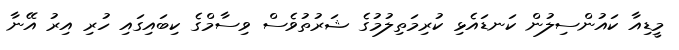
މީޑިއާ ކައުންސިލުން ކަނޑައެޅި ކުރިމަތިލުމުގެ ޝަރުތުވެސް ވިސާމްގެ ކިބައިގައި ހުރި އިރު އޭނާ